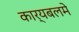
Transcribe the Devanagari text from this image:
कार्यबलमे